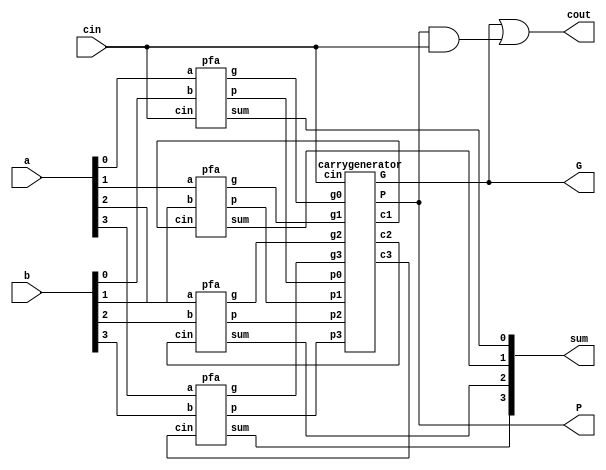
module fourbitscarrylookaheadadder(a,b,cin,sum,cout,P,G);
	input [3:0]a,b;
	input cin;
	output [3:0]sum;
	output cout,P,G;
	wire p0,p1,p2,p3;
	wire g0,g1,g2,g3;
	wire c1,c2,c3;
	pfa o1(.a(a[0]),.b(b[0]),.cin(cin),.p(p0),.g(g0),.sum(sum[0]));
	pfa o2(.a(a[1]),.b(b[1]),.cin(c1),.p(p1),.g(g1),.sum(sum[1]));
	pfa o3(.a(a[2]),.b(b[2]),.cin(c2),.p(p2),.g(g2),.sum(sum[2]));
	pfa o4(.a(a[3]),.b(b[3]),.cin(c3),.p(p3),.g(g3),.sum(sum[3]));
	carrygenerator o5(.p0(p0),.p1(p1),.p2(p2),.p3(p3),.g0(g0),.g1(g1),.g2(g2),.g3(g3),.cin(cin),.c1(c1),.c2(c2),.c3(c3),.P(P),.G(G));
	assign cout=G|(P&cin);
	
endmodule

module pfa(a,b,cin,p,g,sum);
	input a,b,cin;
	output p,g,sum;
	assign p=a^b;
	assign g=a&b;
	assign sum=a^b^cin;

endmodule

module carrygenerator(p0,p1,p2,p3,g0,g1,g2,g3,cin,c1,c2,c3,P,G);
	input p0,p1,p2,p3,g0,g1,g2,g3,cin;
	output c1,c2,c3,P,G;
	assign c1=g0|(p0&cin);
	assign c2=g1|(p1&(g0|(p0&cin)));
	assign c3=g2|(p2&(g1|(p1&(g0|(p0&cin)))));
	assign P=p0&p1&p2&p3;
	assign G=g3|(p2&g2)|(p3&p2&g1)|(p3&p2&p1&p0&g0);
	
endmodule